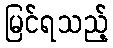
မြင်ရသည့်